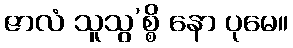
ဇာလံ သူသွ’စ္စိ နော ပုမေ။